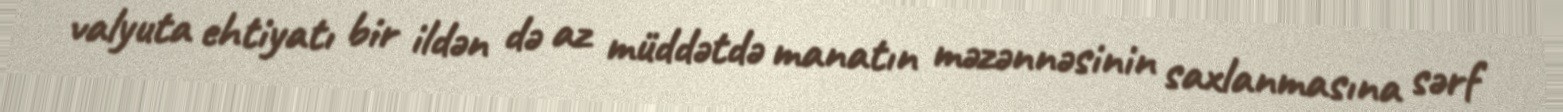
valyuta ehtiyatı bir ildən də az müddətdə manatın məzənnəsinin saxlanmasına sərf